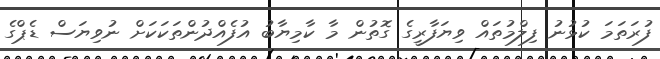
ފުރަތަމަ ކުޅުނު ފިލްމުތައް ވިޔަފާރީގެ ގޮތުން މާ ކާމިޔާބު އުފެއްދުންތަކަކަށް ނުވިޔަސް ޑެޕްގެ